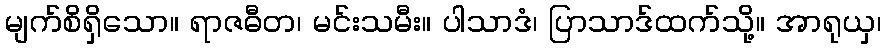
မျက်စိရှိသော။ ရာဇဓီတ၊ မင်းသမီး။ ပါသာဒံ၊ ပြာသာဒ်ထက်သို့။ အာရုယှ၊